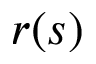
r ( s )